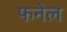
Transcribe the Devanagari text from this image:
फनेल